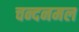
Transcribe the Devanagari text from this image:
चन्दनमल